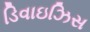
ડિવાઇઝિસ